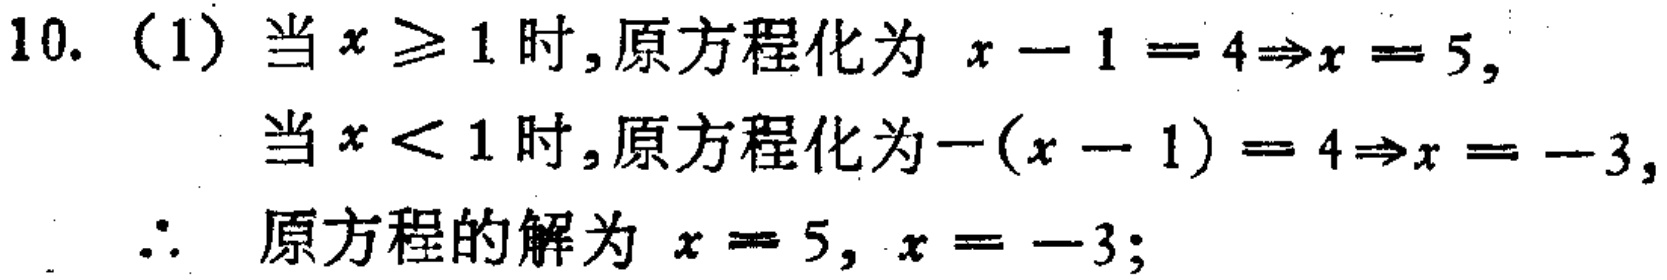
10. （1）当 \(x \geq 1\) 时,原方程化为 \(x - 1 = 4\Rightarrow x = 5\),
当 \(x < 1\) 时,原方程化为\(-(x - 1) = 4\Rightarrow x = - 3\),
\(\therefore\) 原方程的解为 \(x = 5,\ x = - 3\);